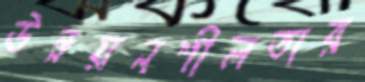
উন্নয়নশীলতার